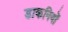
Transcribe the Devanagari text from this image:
डाकनियों